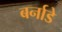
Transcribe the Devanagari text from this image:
बर्नाडे